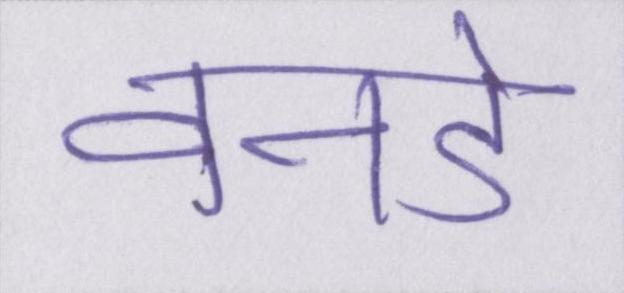
वनडे